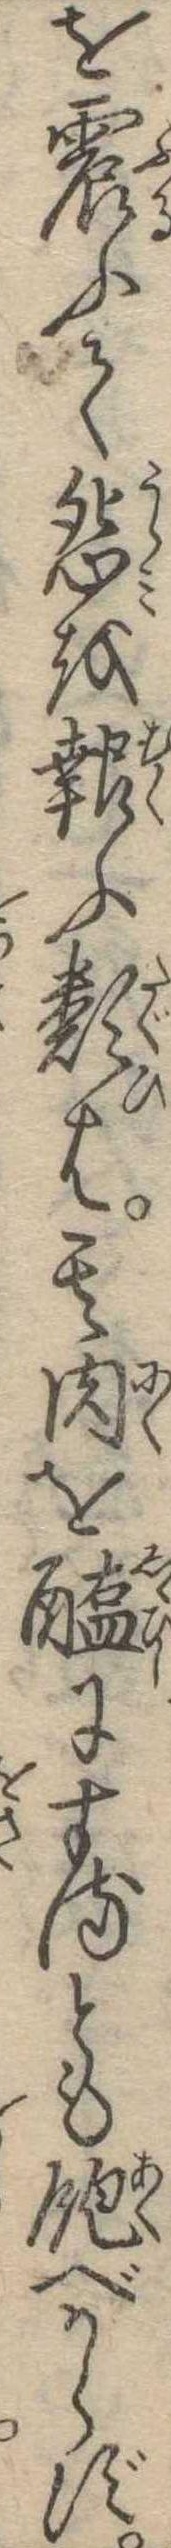
を震ふて怨を報ふ類は其肉を醢にするとも飽べからず